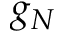
g _ { N }